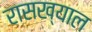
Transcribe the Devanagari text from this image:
रासख्याल